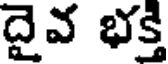
దైవ భక్తి